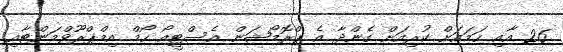
26 އާއި ހަމައަށް ކުރިއަށް ގެންދާ އެ ޕްރޮމޯޝަން އެސްޓީއޯ ހޯމް އިމްޕްރޫވްމަންޓާއި